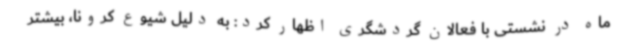
ماه در نشستی با فعالان گردشگری اظهار کرد: به دلیل شیوع کرونا، بیشتر